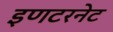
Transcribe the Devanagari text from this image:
इणटरनेट